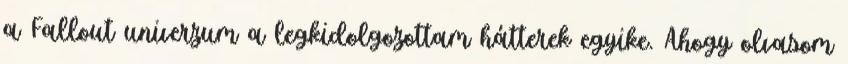
a Fallout univerzum a legkidolgozottam hátterek egyike. Ahogy olvasom